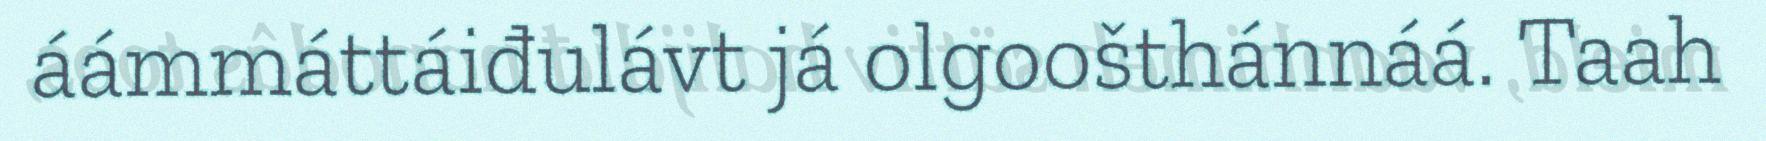
áámmáttáiđulávt já olgoošthánnáá. Taah